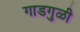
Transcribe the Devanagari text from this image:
गाडगुळी